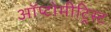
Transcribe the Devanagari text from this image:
ऑप्टोमीट्रिस्ट